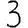
Digit: 3